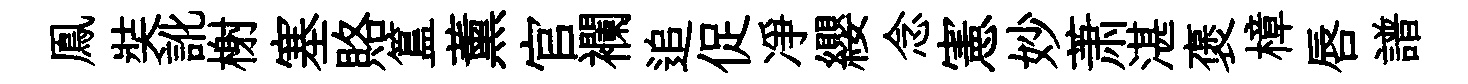
鳯奘訛榭塞賂簋薰官襴追促凈纓念憲妙萧湛褒樟唇譜